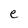
Character: e